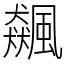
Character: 飆